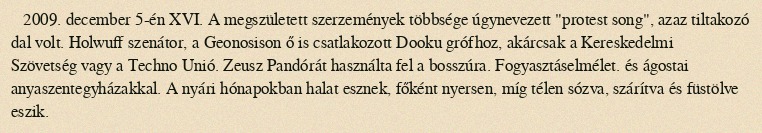
2009. december 5-én XVI. A megszületett szerzemények többsége úgynevezett "protest song", azaz tiltakozó dal volt. Holwuff szenátor, a Geonosison ő is csatlakozott Dooku grófhoz, akárcsak a Kereskedelmi Szövetség vagy a Techno Unió. Zeusz Pandórát használta fel a bosszúra. Fogyasztáselmélet. és ágostai anyaszentegyházakkal. A nyári hónapokban halat esznek, főként nyersen, míg télen sózva, szárítva és füstölve eszik.